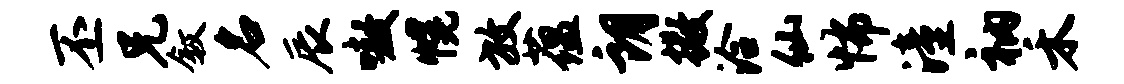
丕兄叙名辰嗷幌放蕴朗撒洽仙怖潼衲禾